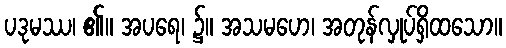
ပဒုမဿ၊ ၏။ အပရေ၊ ၌။ အသမဟေ၊ အတုန်လှုပ်ရှိထသော။